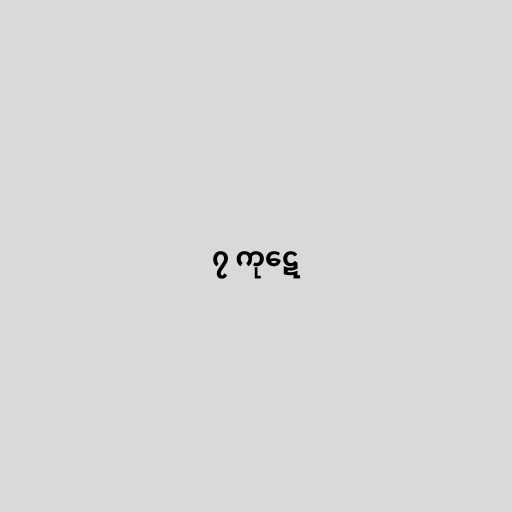
၇ ကုဋေ